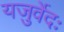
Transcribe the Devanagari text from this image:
यजुर्वेदः